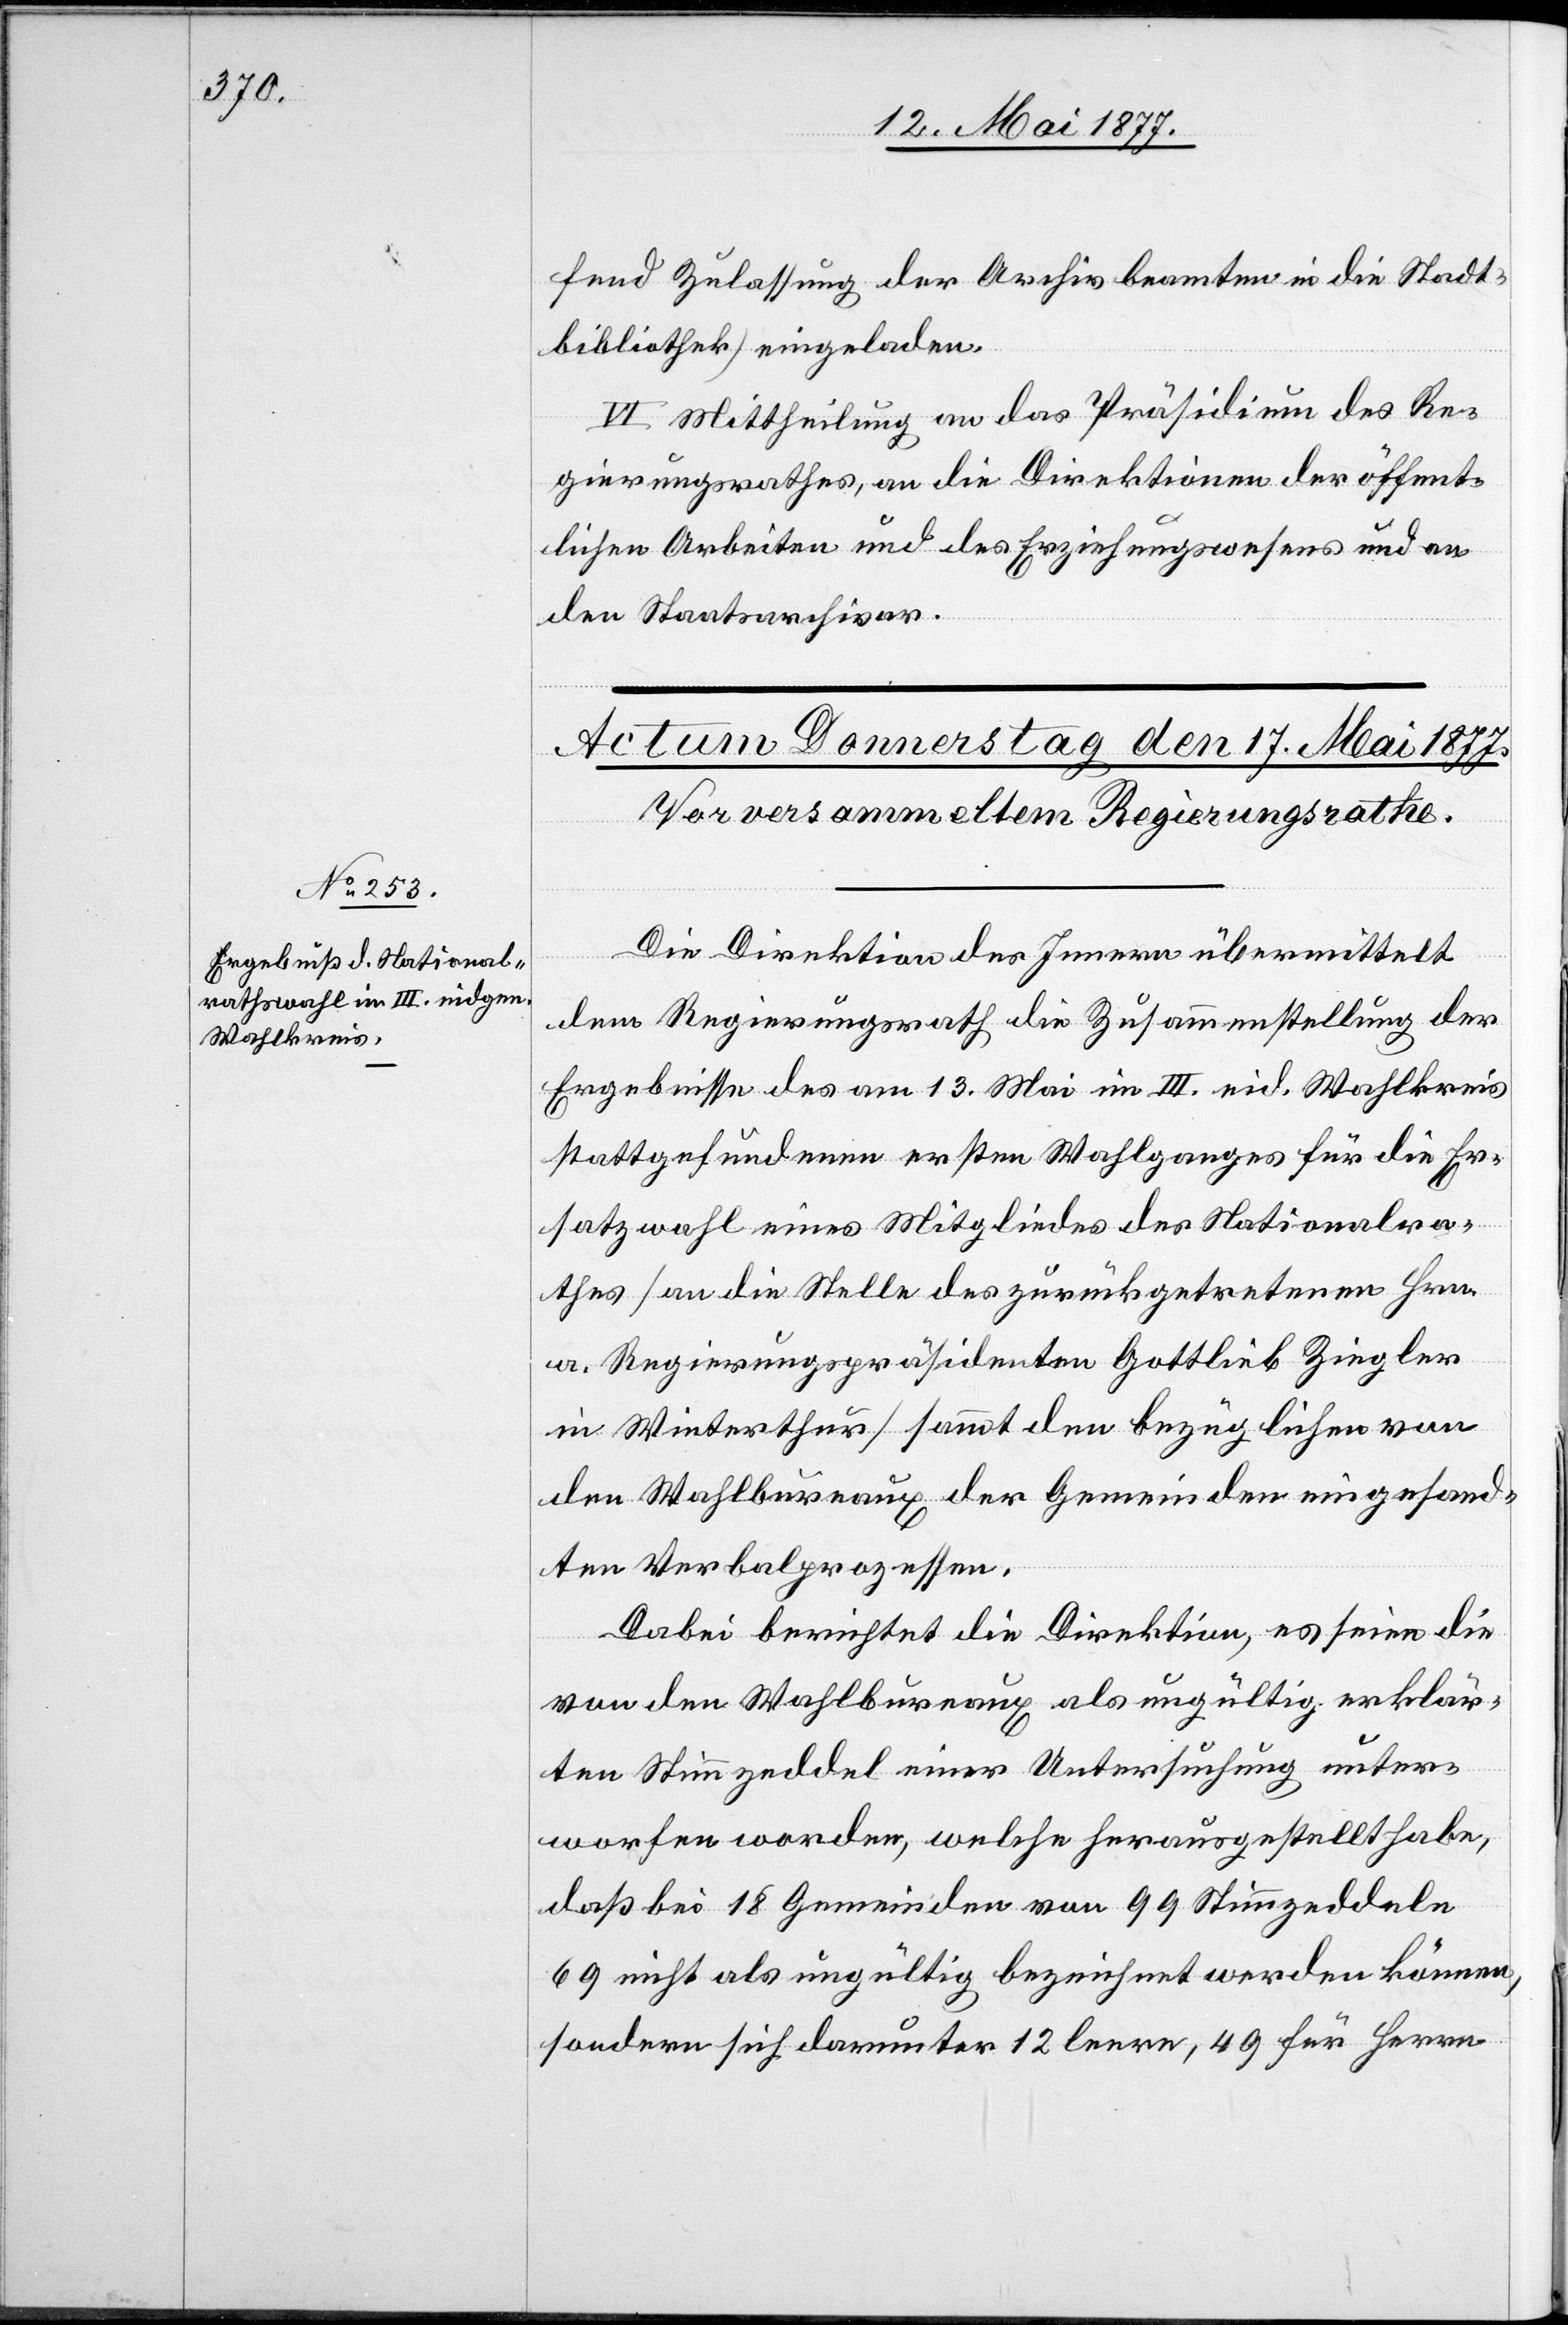
fend Zulassung der Archivbeamten in die Stadt¬
bibliothek] eingeladen.
VI. Mittheilung an das Präsidium des Re¬
gierungsrathes, an die Direktionen der öffent¬
lichen Arbeiten und des Erziehungswesens und an
den Staatsarchivar.
Die Direktion des Innern übermittelt
dem Regierungsrath die Zusammenstellung der
Ergebnisse des am 13. Mai im III. eid. Wahlkreis
stattgefundenen ersten Wahlganges für die Er¬
satzwahl eines Mitgliedes des Nationalra¬
thes [an die Stelle des zurückgetretenen Hrn.
a. Regierungspräsidenten Gottlieb Ziegler
in Winterthur] sammt den bezüglichen von
den Wahlbureaux der Gemeinden eingesand¬
ten Verbalprozessen.
Dabei berichtet die Direktion, es seien die
von den Wahlbureaux als ungültig erklär¬
ten Stimmzeddel einer Untersuchung unter¬
worfen worden, welche herausgestellt habe,
daß bei 18 Gemeinden von 99 Stimmzeddeln
69 nicht als ungültig bezeichnet werden können
sondern sich darunter 12 leere, 49 für Herrn